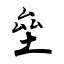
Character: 垒